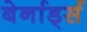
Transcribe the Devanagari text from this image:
बेर्नार्ड्स